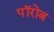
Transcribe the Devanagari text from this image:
पॉरोब